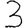
Digit: 3